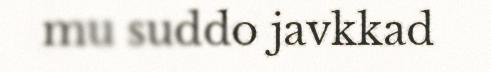
mu suddo javkkad